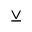
\veebar